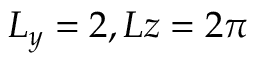
L _ { y } = 2 , L z = 2 \pi